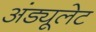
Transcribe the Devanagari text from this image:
अंड्यूलेट